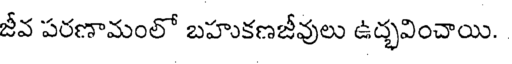
జీవ పరణామంలో బహుకణజీవులు ఉద్భవించాయి.